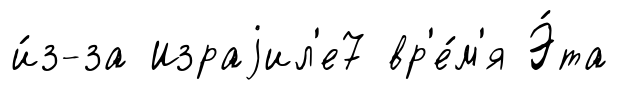
и́з-за Израjил'е7 вр'е́м'я Э́та